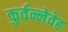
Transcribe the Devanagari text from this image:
कुर्वन्नेवेह